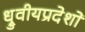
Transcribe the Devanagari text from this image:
ध्रुवीयप्रदेशों